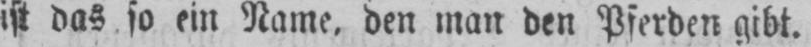
ist das so ein Name, den man den Pferden gibt.